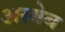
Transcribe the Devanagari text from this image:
अरबेब